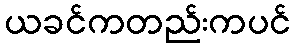
ယခင်ကတည်းကပင်